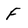
Character: F